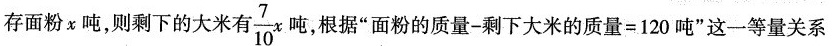
存面粉x吨，则剩下的大米有 \frac{7}{10}x 吨，根据”面粉的质量-剩下大米的质量=120吨”这一等量关系